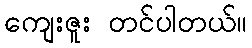
ကျေးဇူး တင်ပါတယ်။